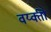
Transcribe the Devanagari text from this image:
वय्क्ती